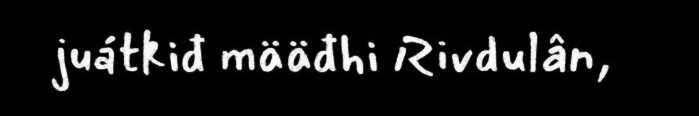
juátkiđ määđhi Rivdulân,